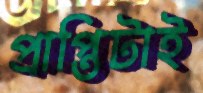
প্রাপ্তিটাই